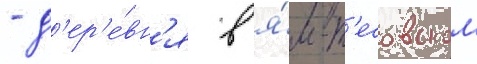
- д'ер'е́вн'я в я́м-т'есовском